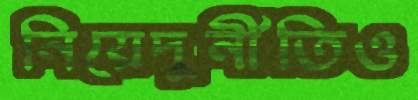
নিয়েদুর্নীতিও